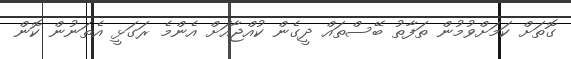
ގޮތަށް ކަމަށްވުމުން ތަފާތު ބޭސްތައް ދީގެން ކުއްޖާއަށް އެންމެ ރަގަޅީ އެތަނުން ކޮން